画像に写った文字を読んでください
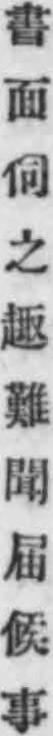
「書面伺之趣難聞届候事」と書いてあります